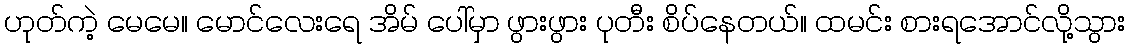
ဟုတ်ကဲ့ မေမေ။ မောင်လေးရေ အိမ် ပေါ်မှာ ဖွားဖွား ပုတီး စိပ်နေတယ်။ ထမင်း စားရအောင်လို့သွား